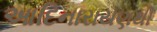
આદિનારાયણથી